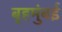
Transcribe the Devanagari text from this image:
बृहमुंबई